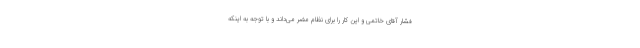
فشار آقاى خاتمى و این كار را براى نظام مضر مى‌داند و با توجه به اینكه